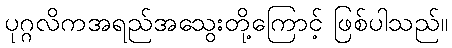
ပုဂ္ဂလိကအရည်အသွေးတို့ကြောင့် ဖြစ်ပါသည်။